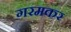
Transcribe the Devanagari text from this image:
गरमकर